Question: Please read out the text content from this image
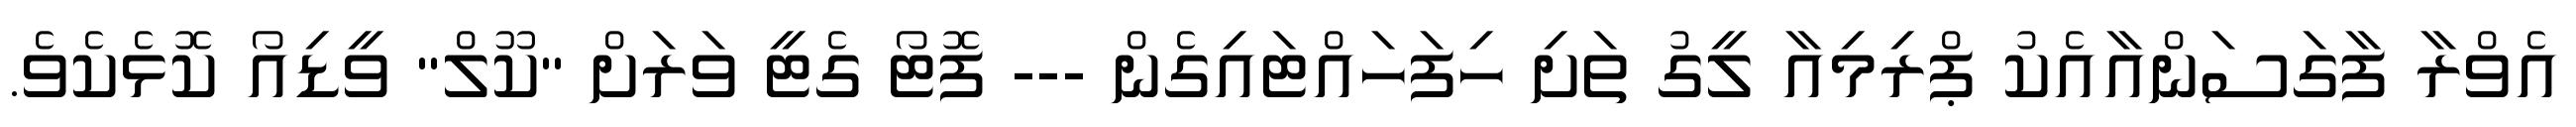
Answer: އެވްރާ ފާގަސަންއާއެކު ޕްރިމިއާ ލީގު ތަށި ހިފަހައްޓައިގެން --- ފޮޓޯ ގެޓީ ވަރަށް "ކޫލް" ވީޑިއޯ ކޮޅެކެވެ.